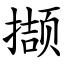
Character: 撷